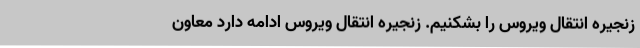
زنجیره انتقال ویروس را بشکنیم. زنجیره انتقال ویروس ادامه دارد معاون